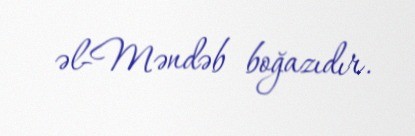
əl-Məndəb boğazıdır.